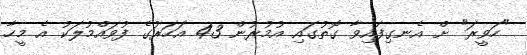
"ހަވީރަ" ށް އެނގިފައިވާ ގޮތުގައި އުމުރުން 43 އަހަރުގެ ފުވައްމުލަކު އެ މީހާ